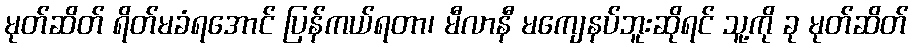
မုတ်ဆိတ် ရိတ်မခံရအောင် ပြန်ကယ်ရတာ၊ မီလာနီ မကျေနပ်ဘူးဆိုရင် သူ့ကို ခု မုတ်ဆိတ်